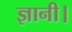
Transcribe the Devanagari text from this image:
ज्ञानी।